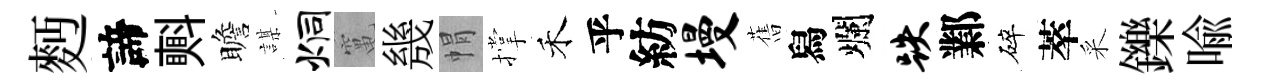
麪諦㪺瞻謀炯𥧄㡬㡌撑禾乎紡墁𦾔舄爛跌鄴碎萃采鑠喻